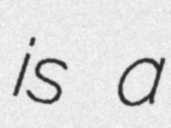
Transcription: is a